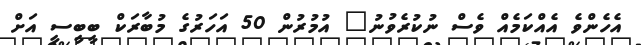
އެހެންވެ އެއްކަމެއް ވެސް ނުކުރެވުނު" އުމުރުން 50 އަހަރުގެ މުބާރަކް ބީބީސީ އަށް